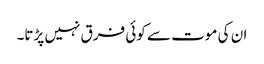
ان کی موت سے کوئی فرق نہیں پڑتا۔